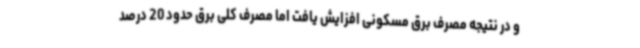
و در نتیجه مصرف برق مسکونی افزایش یافت اما مصرف کلی برق حدود 20 درصد